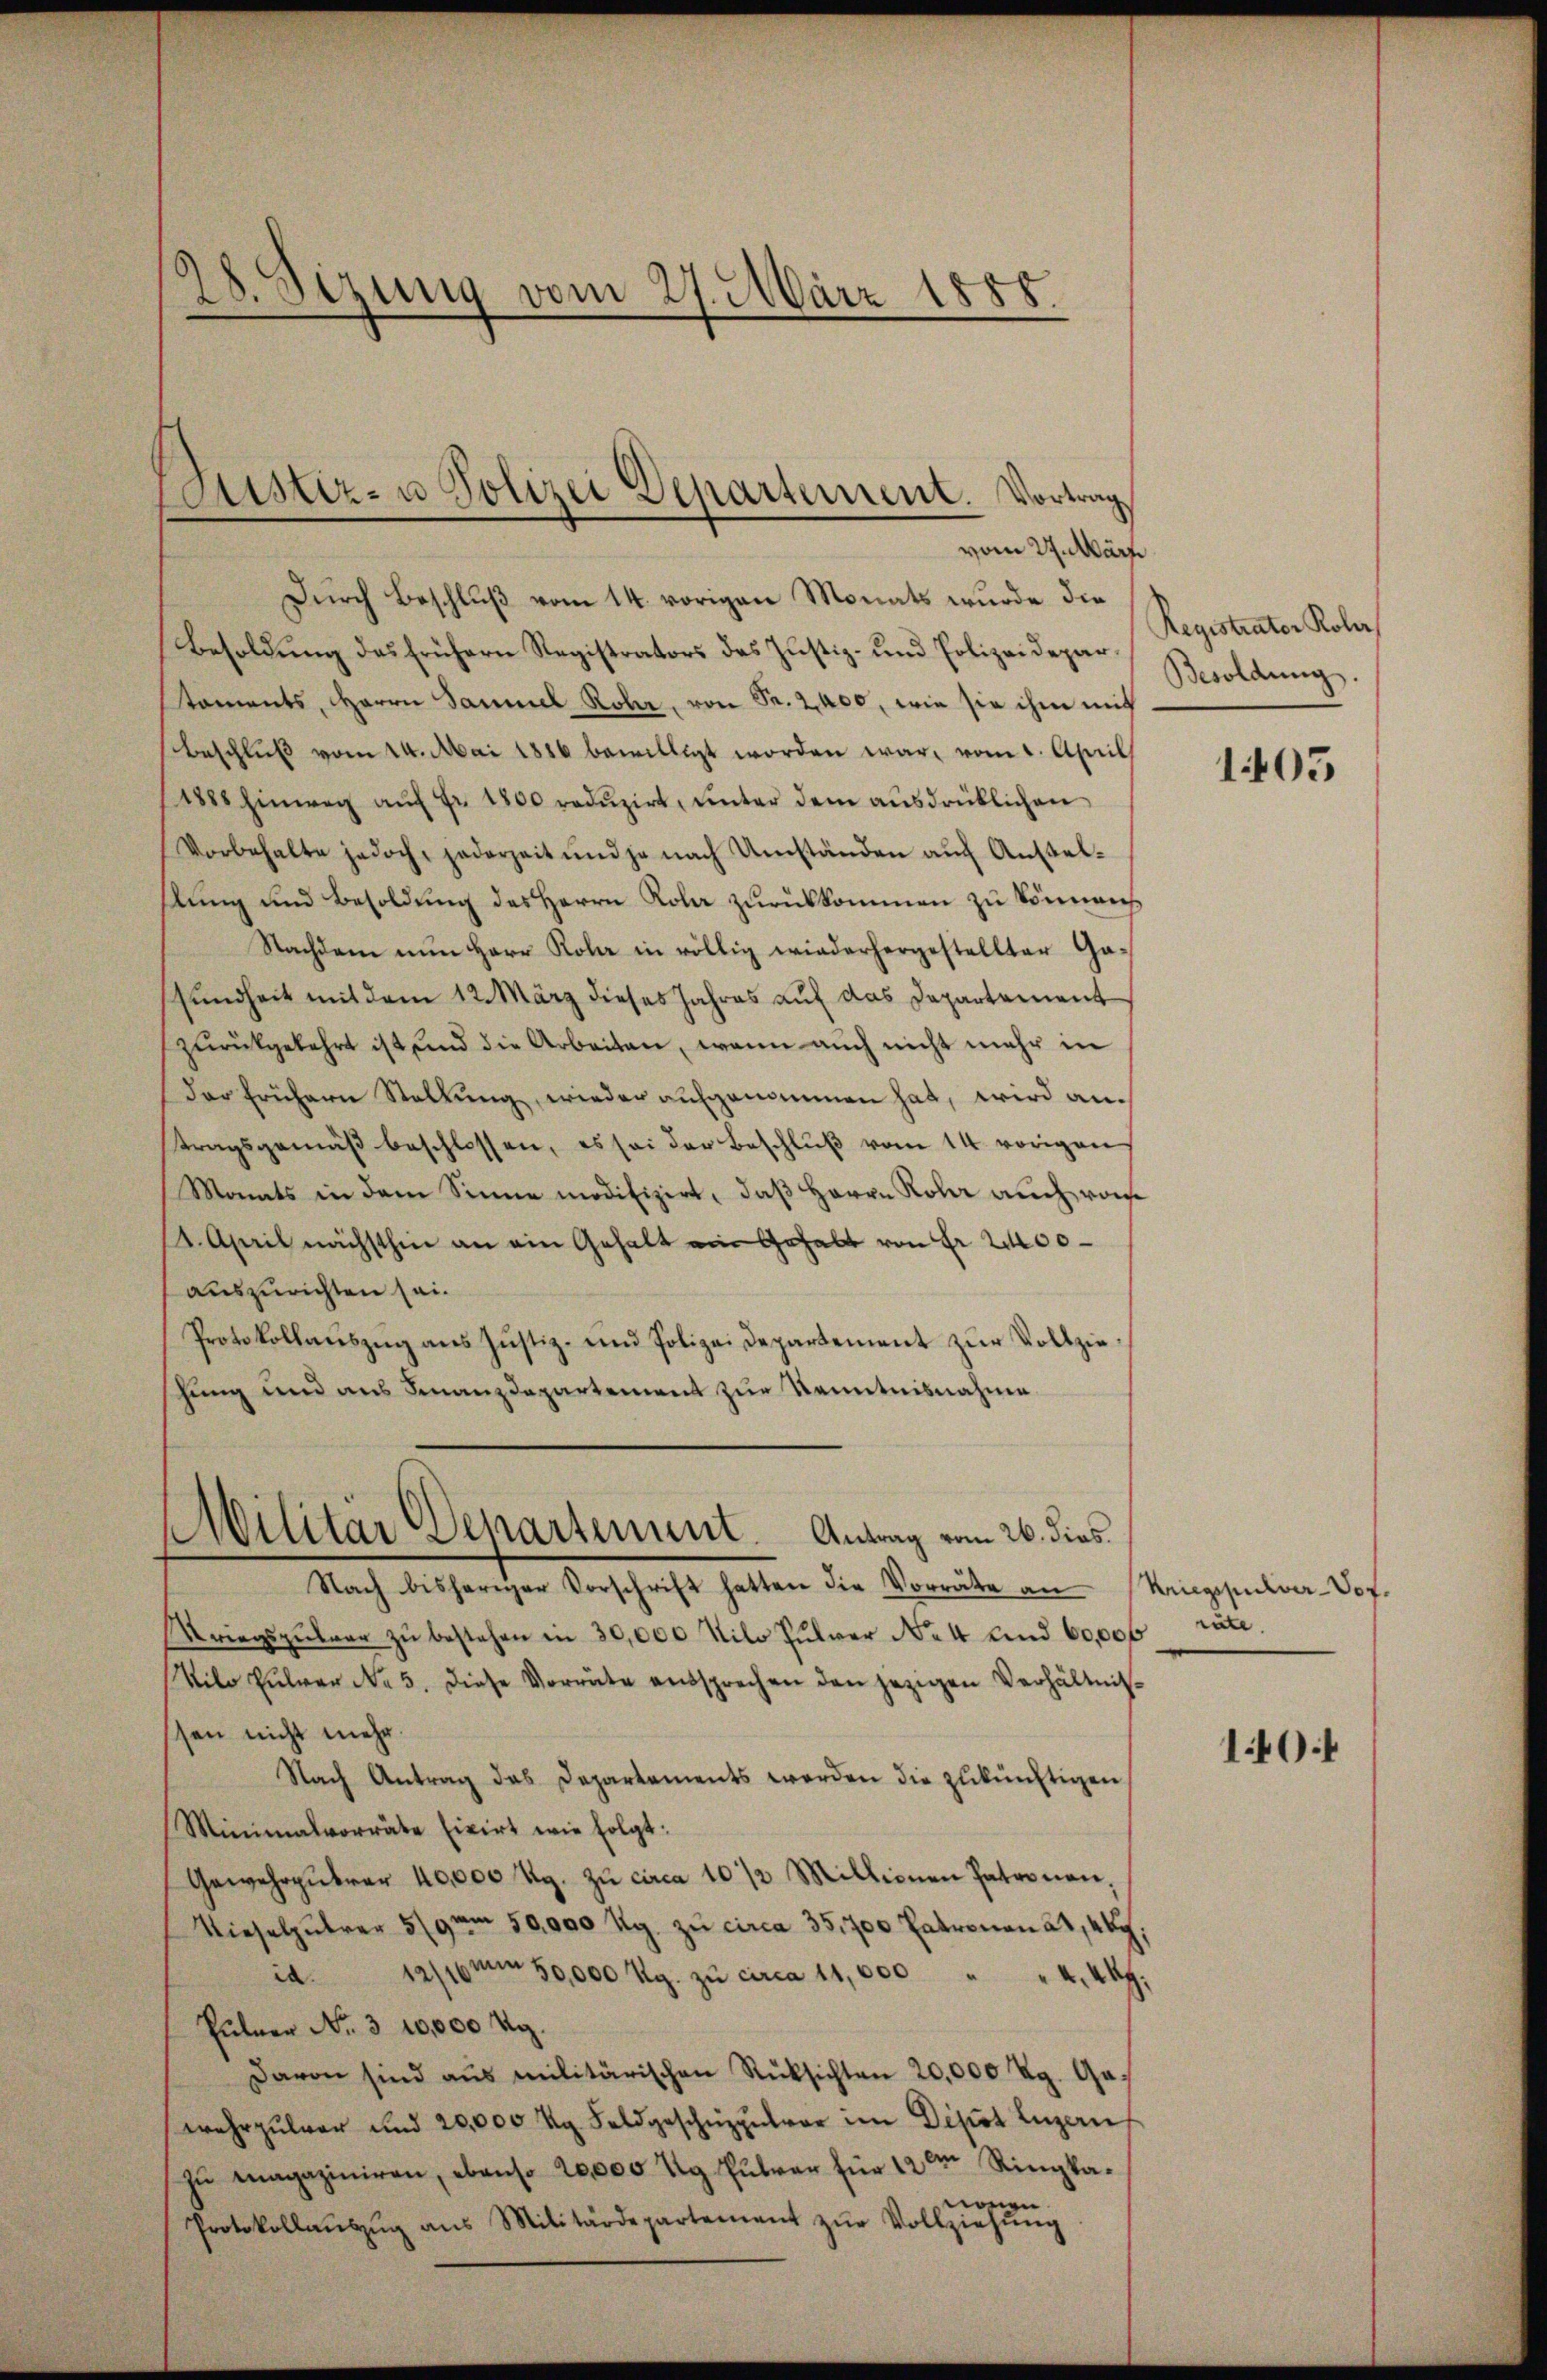
.
gung vom 27. März 1888.

Justiz- u Polizei Departement. Vortrag
vom 29. März

Durch Beschluß vom 14. vorigen Monats wurde die
Besoldung des frühern Registrators des Justiz- und Polizeidepartaments, Herrn Samuel Rohr, von Fr. 2,400, wie sie ihm mich
Beschlŭβ vom 14. Mai 1886 bewilligt worden war, vom 1. April
1888 hinweg auf Fr. 1800 reduzirt, unter dem ausdrüklichen
Vorbehalte jedoch, jederzeit und je nach Umständen aŭf Anstelslung und Besoldung des Herrn Kola zurückkommen zu könnenh
Nachdem nŭn Herr Kola in völlig wiederhergestellter Gasundheit mit dem 12. März dieses Jahres auf das Departement
zurückgekehrt ist und die Arbeiten, wenn auch nicht mehr in
der frühern Stellung, wieder aufgenommen hat, wird antragsgemäβ beschlossen, es sei der Beschlŭβ vom 14. vorigen
Monats in dem Sinne modifizirt, daß Herrn Rohr auch von
14. April nächsthin an ein Gehalt ein Gehalt von Fr. 200
auszurichten sei.
Protokollaŭszŭg ans Justiz- und Polizeidepartement zŭr Vollzieshung und aus Finanzdepartement zur Kenntnisnahme
Militär Departement. Antrag vom 26. dies
Nach bisheriger Vorschrift hatten die Vorräte an
Kriegszŭbaar zŭ bestehen in 30,000 Kilo Pŭlver No 4 und 60,000 räte.
Vilo Hŭlver No. 5. diese Vorräte entsprechen den jezigen Verhältnissen nicht mehr.
Nach Antrag das Departements werden die zukünftigen,
Minimalvorräte fixirt wie folgt:
Gewehrpŭbrer 40,000 Rp. zŭ circa 10 1/2 Millionen Patronen.
Wieselpŭbrer 5/9 um 50,000 Rp. zŭ circa 35,700 Patronen 24, 449,
id. 12/16 um 50,000 Rg. zŭ circa 11,000 " " 4, 449.
Pülner No. 310,000 Rg.
Davon sind aŭs militärischen Rüksichten 20,000 Rg. Ges
wahrzŭlver und 20,000 kg Feldgeschüzpulver im Depot Luzern
zŭ magaziniren, ebenso 20,000 kg Pulver für 12m Ringkanonen
Protokollaŭszŭg ans Militärdepartement zŭr Vollziehŭng

Registrater Rober
Besoldung.

1405

Kriegspulver-Pof.

10:1